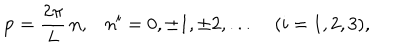
LaTeX: { \bf p } = \frac { 2 \pi } { L } \, { \bf n } , n ^ { i } = 0 , \pm 1 , \pm 2 , . . . \; ( i = 1 , 2 , 3 ) ,